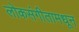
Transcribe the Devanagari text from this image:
लोकसंगीतामधून